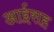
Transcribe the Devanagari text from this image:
आईसह